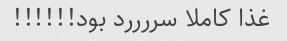
غذا کاملا سررررد بود!!!!!!